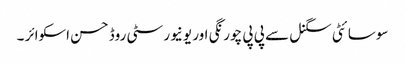
سوسا ئٹی سگنل سے پی پی چورنگی اور یونیورسٹی روڈ حسن اسکوائر ۔